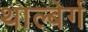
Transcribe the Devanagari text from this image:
थाल्बेर्ग